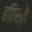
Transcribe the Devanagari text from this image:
हरिस्ते